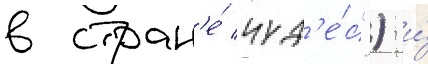
в стран'е́ чуд'е́с") и́